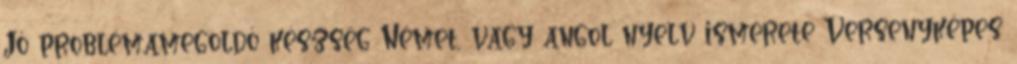
Jó problémamegoldó készség Német, vagy angol nyelv ismerete Versenyképes